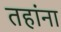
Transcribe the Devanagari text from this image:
तहांना